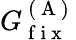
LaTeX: G_{\mathrm{~f~i~x~}}^{\mathrm{~(~A~)~}}